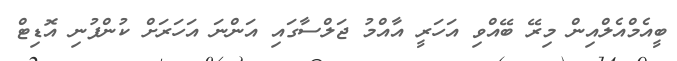
ބީއެމްއެލްއިން މިރޭ ބޭއްވި އަހަރީ އާއްމު ޖަލްސާގައި އަންނަ އަހަރަށް ކުންފުނި އޮޑިޓް